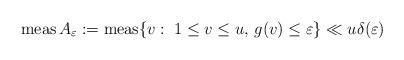
LaTeX: \begin{align*} \operatorname{meas} A_\varepsilon:=\operatorname{meas}\{v:\; 1\leq v\leq u,\, g(v)\leq \varepsilon\}\ll u\delta(\varepsilon) \end{align*}